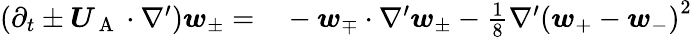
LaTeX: \begin{array}{rl}{\left(\partial_{t}\pm\boldsymbol{U}_{\mathrm{~A~}}\cdot\nabla^{\prime}\right)\boldsymbol{w}_{\pm}=}&{{}-\boldsymbol{w}_{\mp}\cdot\nabla^{\prime}\boldsymbol{w}_{\pm}-\frac{1}{8}\nabla^{\prime}\left(\boldsymbol{w}_{+}-\boldsymbol{w}_{-}\right)^{2}}\end{array}